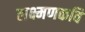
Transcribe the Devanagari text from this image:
लक्ष्मणकवि